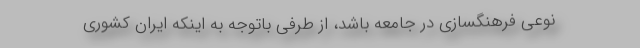
نوعی فرهنگسازی در جامعه باشد، از طرفی باتوجه به اینکه ایران کشوری